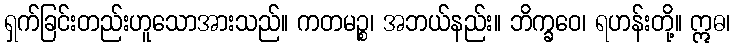
ရှက်ခြင်းတည်းဟူသောအားသည်။ ကတမဉ္စ၊ အဘယ်နည်း။ ဘိက္ခဝေ၊ ရဟန်းတို့။ ဣဓ၊